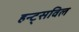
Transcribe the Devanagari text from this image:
हन्ट्सविल